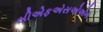
સીએફએસએએન